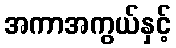
အကာအကွယ်နှင့်